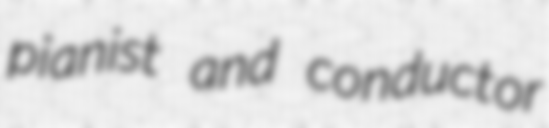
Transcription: pianist and conductor